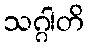
သဂ္ဂါတိ